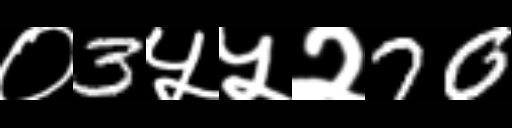
Text: ०3५५२70